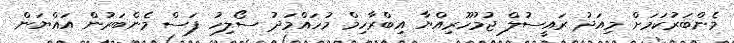
މެންބަރުކަމަށް މިއަދު ރައީސުލް ޖުމުހޫރިއްޔާ އިބްރާހިމް މުހައްމަދު ސޯލިހު ފަސް މެންބަރުން އައްޔަން